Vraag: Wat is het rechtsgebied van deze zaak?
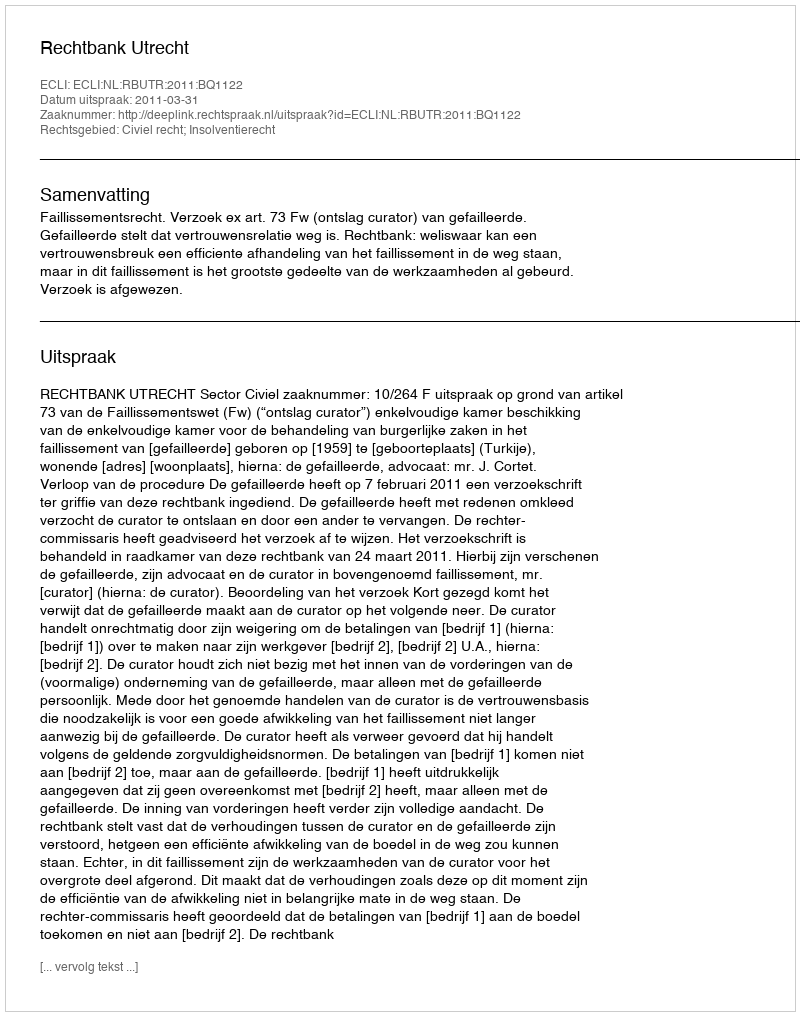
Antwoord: Civiel recht; Insolventierecht